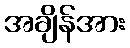
အချိန်အား